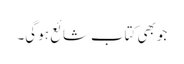
جو بھی کتاب شائع ہو گی۔